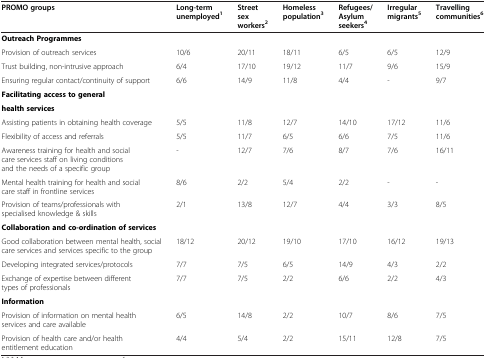
<table><thead><tr><td><b>PROMO groups</b></td><td><b>Long-term unemployed<sup>1</sup></b></td><td><b>Street sex workers<sup>2</sup></b></td><td><b>Homeless population<sup>3</sup></b></td><td><b>Refugees/ Asylum seekers<sup>4</sup></b></td><td><b>Irregular migrants<sup>5</sup></b></td><td><b>Travelling communities<sup>6</sup></b></td></tr></thead><tbody><tr><td><b>Outreach Programmes</b></td><td> </td><td> </td><td> </td><td> </td><td> </td><td> </td></tr><tr><td>Provision of outreach services</td><td>10/6</td><td>20/11</td><td>18/11</td><td>6/5</td><td>6/5</td><td>12/9</td></tr><tr><td>Trust building, non-intrusive approach</td><td>6/4</td><td>17/10</td><td>19/12</td><td>11/7</td><td>9/6</td><td>15/9</td></tr><tr><td>Ensuring regular contact/continuity of support</td><td>6/6</td><td>14/9</td><td>11/8</td><td>4/4</td><td>-</td><td>9/7</td></tr><tr><td><b>Facilitating access to general</b></td><td> </td><td> </td><td> </td><td> </td><td> </td><td> </td></tr><tr><td><b>health services</b></td><td> </td><td> </td><td> </td><td> </td><td> </td><td> </td></tr><tr><td>Assisting patients in obtaining health coverage</td><td>5/5</td><td>11/8</td><td>12/7</td><td>14/10</td><td>17/12</td><td>11/6</td></tr><tr><td>Flexibility of access and referrals</td><td>5/5</td><td>11/7</td><td>6/5</td><td>6/6</td><td>7/5</td><td>11/6</td></tr><tr><td>Awareness training for health and social care services staff on living conditions and the needs of a specific group</td><td>-</td><td>12/7</td><td>7/6</td><td>8/7</td><td>7/6</td><td>16/11</td></tr><tr><td>Mental health training for health and social care staff in frontline services</td><td>8/6</td><td>2/2</td><td>5/4</td><td>2/2</td><td>-</td><td>-</td></tr><tr><td>Provision of teams/professionals with specialised knowledge &amp; skills</td><td>2/1</td><td>13/8</td><td>12/7</td><td>4/4</td><td>3/3</td><td>8/5</td></tr><tr><td><b>Collaboration and co-ordination of services</b></td><td> </td><td> </td><td> </td><td> </td><td> </td><td> </td></tr><tr><td>Good collaboration between mental health, social care services and services specific to the group</td><td>18/12</td><td>20/12</td><td>19/10</td><td>17/10</td><td>16/12</td><td>19/13</td></tr><tr><td>Developing integrated services/protocols</td><td>7/7</td><td>7/5</td><td>6/5</td><td>14/9</td><td>4/3</td><td>2/2</td></tr><tr><td>Exchange of expertise between different types of professionals</td><td>7/7</td><td>7/5</td><td>2/2</td><td>6/6</td><td>2/2</td><td>4/3</td></tr><tr><td><b>Information</b></td><td> </td><td> </td><td> </td><td> </td><td> </td><td> </td></tr><tr><td>Provision of information on mental health services and care available</td><td>6/5</td><td>14/8</td><td>2/2</td><td>10/7</td><td>8/6</td><td>7/5</td></tr><tr><td>Provision of health care and/or health entitlement education</td><td>4/4</td><td>5/4</td><td>2/2</td><td>15/11</td><td>12/8</td><td>7/5</td></tr></tbody></table>